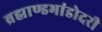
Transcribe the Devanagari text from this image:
ब्रह्माण्डभांडोदरी